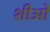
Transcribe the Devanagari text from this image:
शीओं